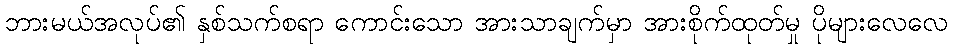
ဘားမယ်အလုပ်၏ နှစ်သက်စရာ ကောင်းသော အားသာချက်မှာ အားစိုက်ထုတ်မှု ပိုများလေလေ